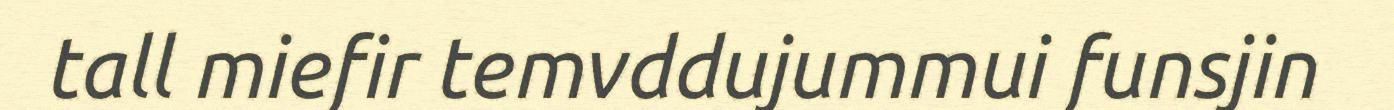
tall miefir temvddujummui funsjin